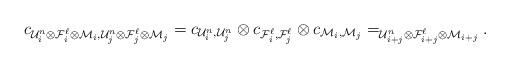
\begin{align*}c_{\mathcal U_i^n \otimes \mathcal F_i^\ell \otimes \mathcal M_i, \mathcal U_j^n \otimes \mathcal F_j^\ell \otimes \mathcal M_j} = c_{\mathcal U_i^n, \mathcal U_j^n} \otimes c_{\mathcal F_i^\ell, \mathcal F_j^\ell} \otimes c_{\mathcal M_i, \mathcal M_j} = _{\mathcal U_{i+j}^n \otimes \mathcal F_{i+j}^\ell \otimes \mathcal M_{i+j}}.\end{align*}